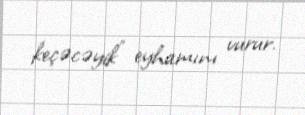
keçəcəyik” eyhamını vurur.